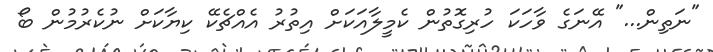
"ނަތިން..." އޭނަގެ ވާހަކަ ހުރިގޮތުން ކެމީލާއަކަށް އިތުރު އެއްޗެކޭ ކިޔާކަށް ނުކެރުމުން ބޯ